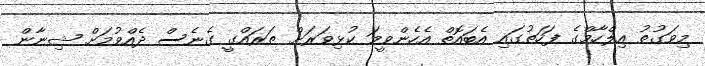
މިވަގުތު އިލްހާމްގެ ފަހަތުގައި އެބައޮތް އެހެންވީމަ ކުޅިވަރަށް ތަރައްގީ ގެނެސް ދެއްވުމަށް ޝިނާން